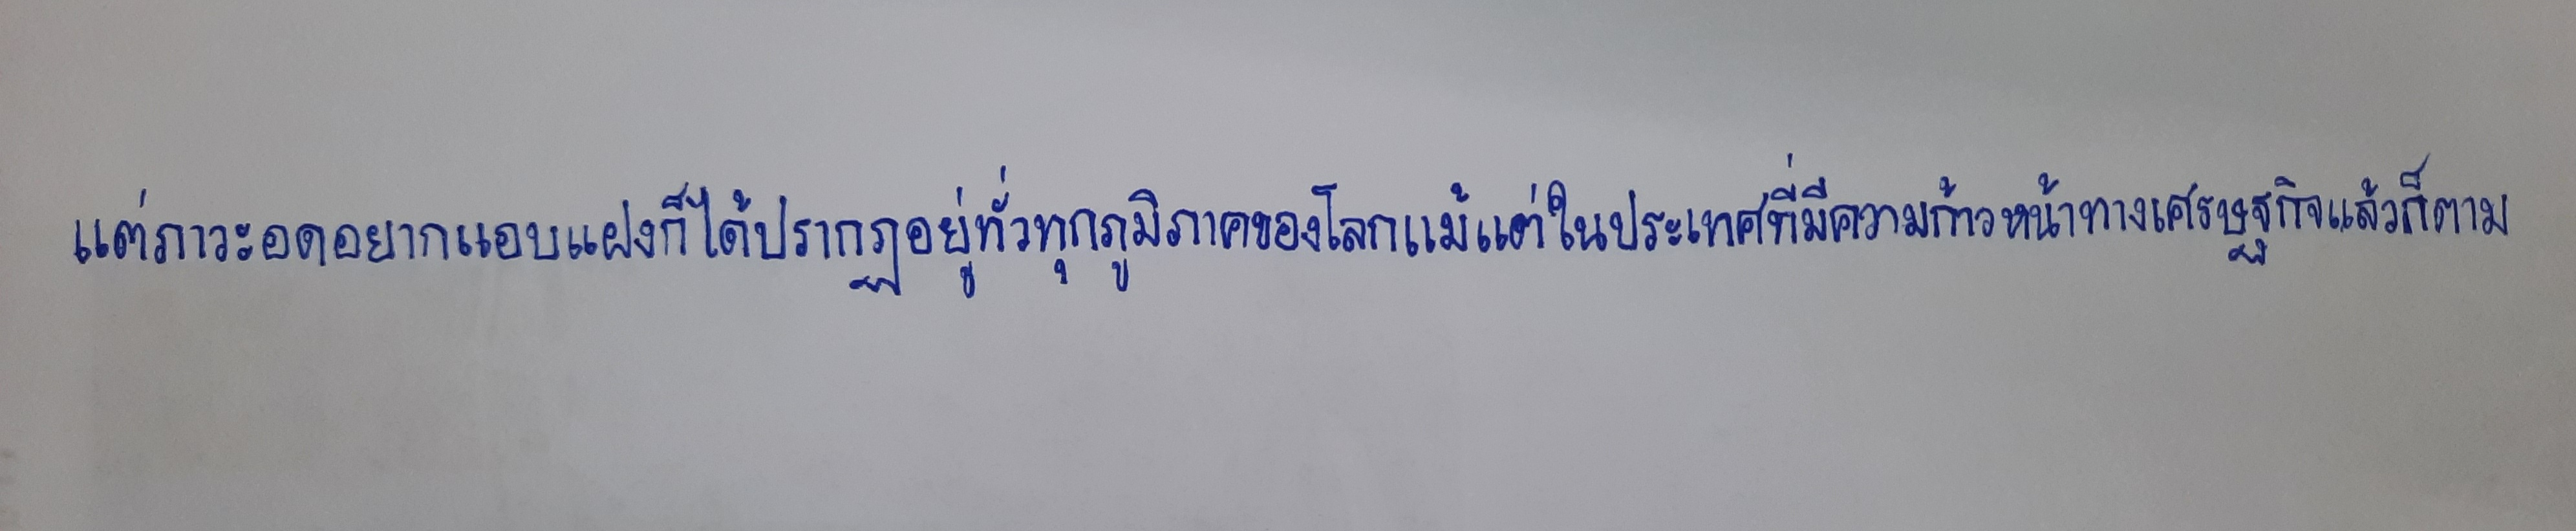
แต่ภาวะอดอยากแอบแฝงก็ได้ปรากฏอยู่ทั่วทุกภูมิภาคของโลกแม้แต่ในประเทศที่มีความก้าวหน้าทางเศรษฐกิจแล้วก็ตาม